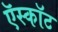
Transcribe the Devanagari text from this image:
ऍस्कॉट